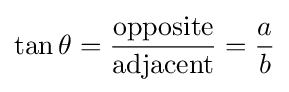
\tan \theta ={\frac {\mathrm {opposite} }{\mathrm {adjacent} }}={\frac {a}{b}}